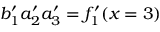
b _ { 1 } ^ { \prime } a _ { 2 } ^ { \prime } a _ { 3 } ^ { \prime } = f _ { 1 } ^ { \prime } ( x = 3 )